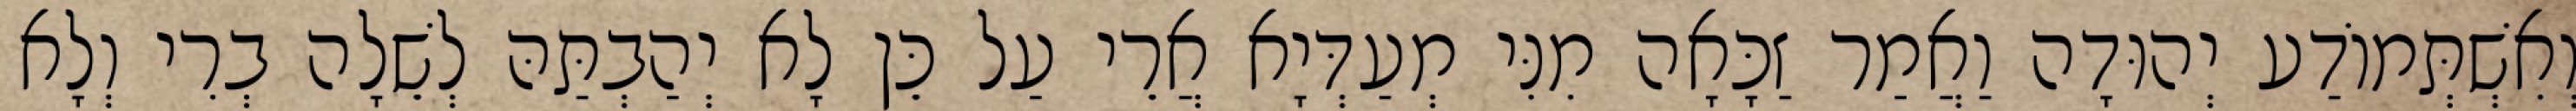
וְאִשְׁתְּמוֹדַע יְהוּדָה וַאֲמַר זַכָּאָה מִנִּי מְעַדְּיָא אֲרֵי עַל כֵּן לָא יְהַבְתַּהּ לְשֵׁלָה בְרִי וְלָא